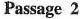
Passage 2